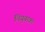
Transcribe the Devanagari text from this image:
चियुबाका